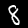
Label: 8